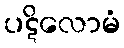
ပဋိလောမံ